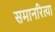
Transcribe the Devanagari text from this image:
समानरित्या